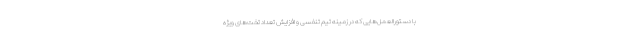
با دستورالعمل‌هایی که در زمینه تیم تنفسی و افزایش تعداد تخت‌های ویژه